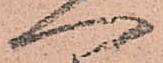
へ